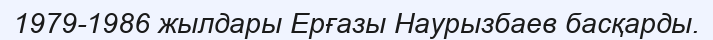
1979-1986 жылдары Ерғазы Наурызбаев басқарды.